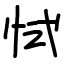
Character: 恜